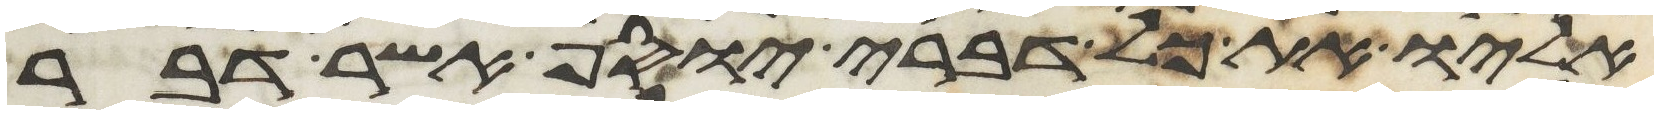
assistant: אליו את כל דברי יוסף אשר דבר